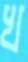
খ